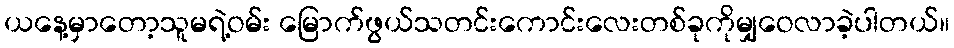
ယနေ့မှာတော့သူမရဲ့ဝမ်း မြောက်ဖွယ်သတင်းကောင်းလေးတစ်ခုကိုမျှဝေလာခဲ့ပါတယ်။